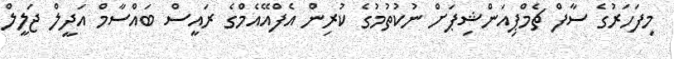
މިފަހަރުގެ ސާފް ޗެމްޕިއަންޝިޕަށް ނުކުތުމުގެ ކުރިން އެފްއޭއެމްގެ ރައީސް ބައްސާމް އަދީލް ޖަލީލް